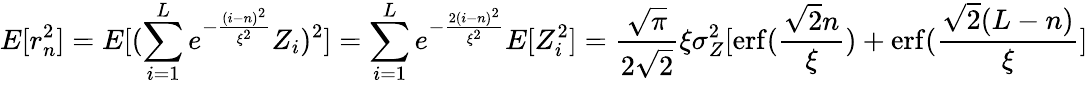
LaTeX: E[r_{n}^{2}]=E[(\sum_{i=1}^{L}e^{-\frac{(i-n)^{2}}{\xi^{2}}}Z_{i})^{2}]=\sum_{i=1}^{L}e^{-\frac{2(i-n)^{2}}{\xi^{2}}}E[Z_{i}^{2}]=\frac{\sqrt{\pi}}{2\sqrt{2}}\xi\sigma_{Z}^{2}[\operatorname{erf}(\frac{\sqrt{2}n}{\xi})+\operatorname{erf}(\frac{\sqrt{2}(L-n)}{\xi}]